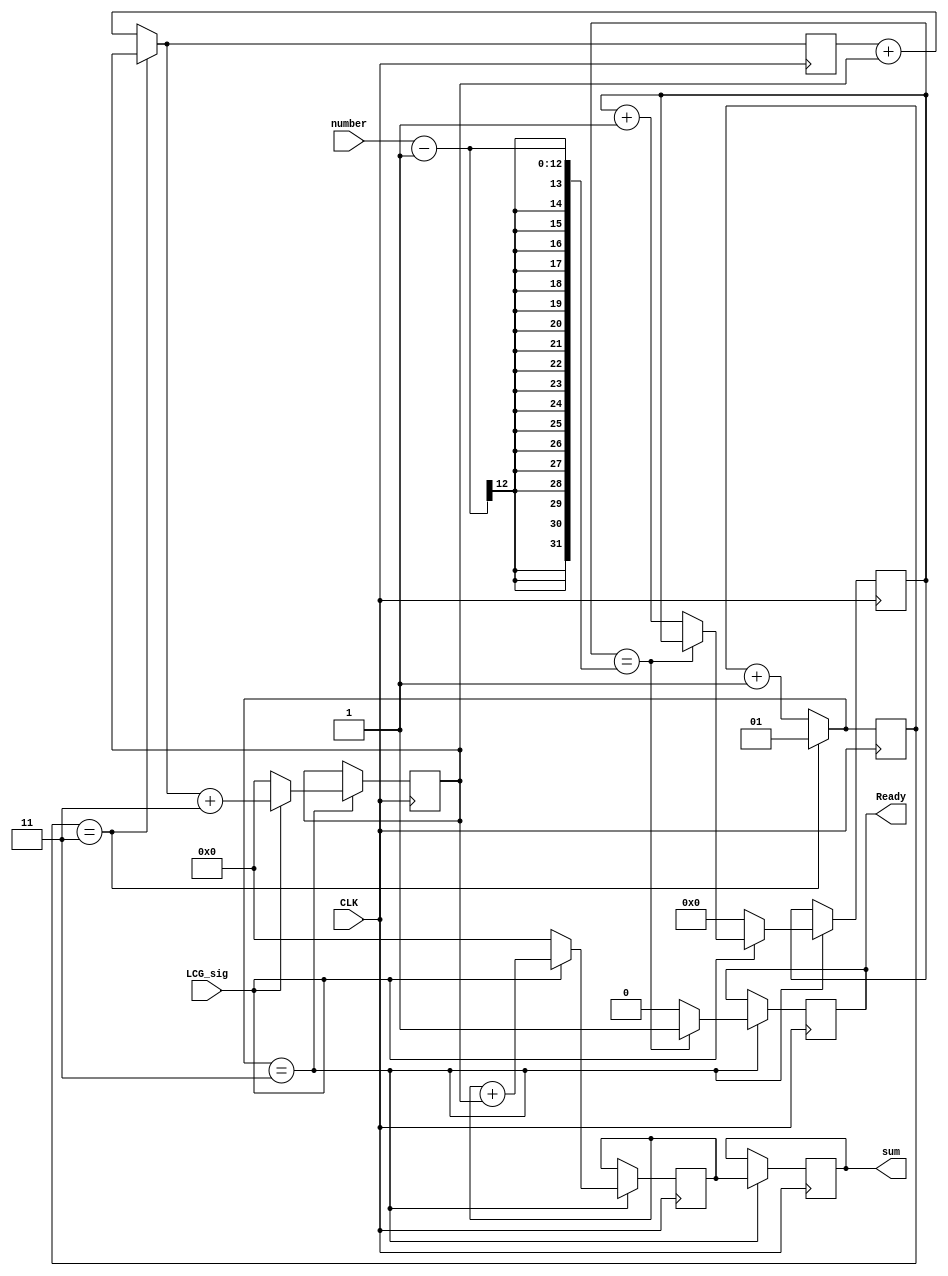
module LCG(
    input CLK,
    input LCG_sig, 
	 input [11:0] number,
    output reg [15:0] sum,
    //output reg [15:0] random,
	 output reg Ready
);

localparam [15:0] x0 = 2633;
localparam [15:0] a = 3;
localparam [15:0] b = 3;


reg [15:0] tmpN;
reg [15:0] tmpS;
reg [15:0] tmp; 
reg [1:0] counter;
reg [8:0] i;

initial 
begin
    tmpN <= x0;
    tmpS <= 16'b0;
    counter = 0; 
end

//multiplication function
/*function [15:0] multiply;
input [15:0] a,b;
reg [15:0] tmp;
integer i;

begin
    tmp = a;
    for(i = 1; i < b; i = i + 1)
    begin
        tmp = tmp + a;
    end
    multiply = tmp;
end
endfunction*/



always@(posedge CLK)
begin
	tmp = (counter == a) ? tmpN : tmp + tmpN; 
	counter = (counter == a) ? 1 : counter + 1;
	if(counter == a)
	begin
		tmpN <=  LCG_sig ? tmp + b : 0;
	   tmpS <= LCG_sig ? tmpS + tmpN : 0;
		i <= (LCG_sig) ? (i==number-1) ? i : i + 1 : 0;
	   Ready <= (i == number-1) ? 1 : 0;
		sum <= tmpS;
		//random <= tmpN;
	end
end

/*always@(posedge CLK)
begin
    integer i;
	 

        tmpN = LCG_sig ? (multiply(tmpN,a)) + b : 0;
        tmpS = LCG_sig ? tmpS + tmpN : 0;

	 i = (LCG_sig) ? (i==number-1) ? i : i + 1 : 0;
	 Ready = (i == number-1) ? 1 : 0;
	 sum = tmpS;
    random = tmpN;
    

end*/

endmodule